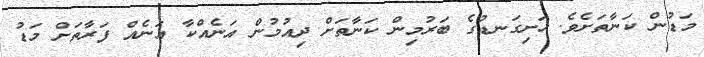
މަޑުން ކަނާތަށެވެ. ހަށިގަނޑުގެ ބަރުމިން ކަނާތަށް ދިއުމުން އަނެއްކާ އަނެއް ފަރާތަށް މަޑު